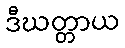
ဒီဃတ္တာယ